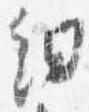
細